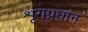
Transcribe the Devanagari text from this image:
शृंगप्रधान